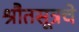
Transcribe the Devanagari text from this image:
श्रौतसूत्रचे